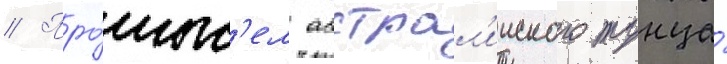
// Про́мыс'ел австрал'ииского тунца́